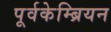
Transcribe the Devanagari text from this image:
पूर्वकेम्ब्रियन